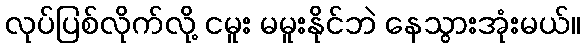
လုပ်ပြစ်လိုက်လို့ ငမူး မမူးနိုင်ဘဲ နေသွားအုံးမယ်။